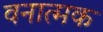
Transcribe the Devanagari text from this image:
वनात्मक